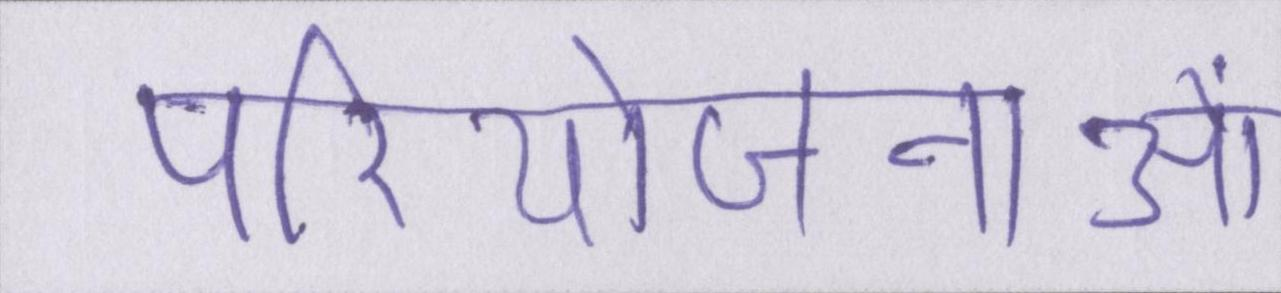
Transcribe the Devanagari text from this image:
परियोजनाओं